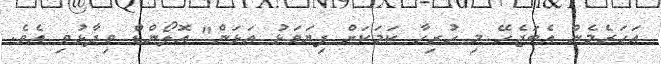
އަހަރެމެން އެބަޖެހޭ މި ހުރިހާ ކަމަކަށް ފިޔަވަޅު އަޅަން" އޮލޯންޑް ވިދާޅުވި އެވެ.